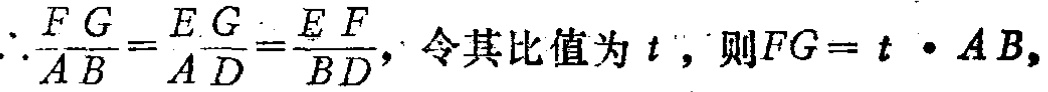
\(\therefore\frac{FG}{AB}=\frac{EG}{AD}=\frac{EF}{BD},\) 令其比值为 \(t\)，则\(FG = t\cdot AB,\)